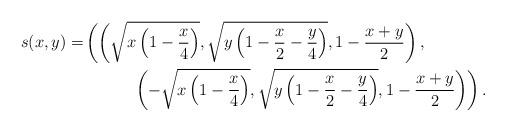
LaTeX: \begin{align*} s(x,y)=&\left(\left(\sqrt{x\left(1-\frac{x}{4}\right)},\sqrt{y\left(1-\frac{x}{2}-\frac{y}{4}\right)},1-\frac{x+y}{2}\right),\right.\\ &\phantom{coucou}\left.\left(-\sqrt{x\left(1-\frac{x}{4}\right)},\sqrt{y\left(1-\frac{x}{2}-\frac{y}{4}\right)},1-\frac{x+y}{2}\right)\right).\end{align*}